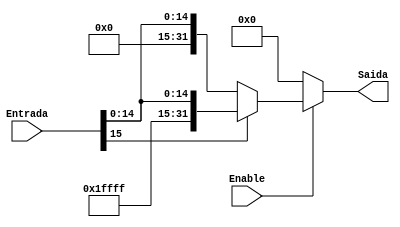
module extend (
	input  [15:0] Entrada,
	output reg [31:0] Saida,
	input Enable
);

	always @(*)begin
		Saida <= 32'd0;
		if(Enable) begin
			if(Entrada[15])begin
				Saida <= {16'd65535,Entrada[15:0]};//Preenche os 16 MSB com 1's
			end
			else begin
				Saida <= {16'd0,Entrada[15:0]};//Preenche os 16 MSB com 0's
			end
		end
	end
	
endmodule